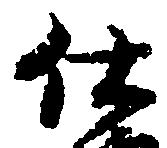
仕